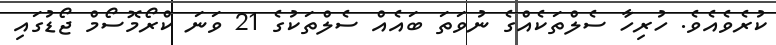
ކުރެވެއެވެ. ހުރިހާ ސެލްތަކެއްގެ ނުވަތަ ބައެއް ސެލްތަކުގެ 21 ވަނަ ކްރޯމޮސޯމް ޖޯޑުގައި